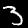
Label: 3